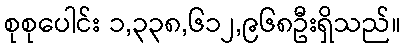
စုစုပေါင်း ၁,၃၃၈,၆၁၂,၉၆၈ဦးရှိသည်။